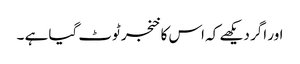
اور اگر دیکھے کہ اس کا خنجر ٹوٹ گیا ہے ۔